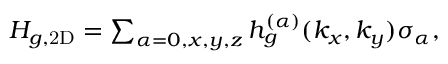
\begin{array} { r } { H _ { g , \mathrm { 2 D } } = \sum _ { \alpha = 0 , x , y , z } { h } _ { g } ^ { ( \alpha ) } ( k _ { x } , k _ { y } ) \sigma _ { \alpha } , } \end{array}